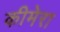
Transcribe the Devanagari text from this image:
कीमेरा